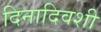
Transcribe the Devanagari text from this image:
दिनादिवशी